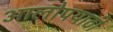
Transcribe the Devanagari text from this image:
आलोपयाठी